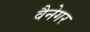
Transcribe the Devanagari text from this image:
वैनेगर